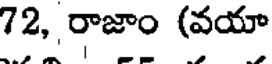
72, రాజాం (వయా